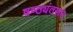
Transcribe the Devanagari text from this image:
षष्ठ्यंतरूप